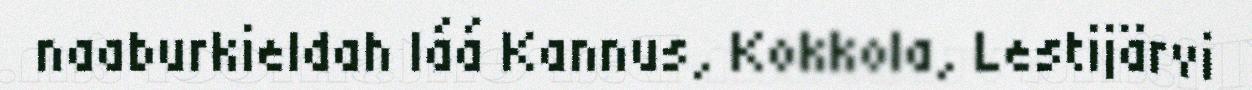
naaburkieldah láá Kannus, Kokkola, Lestijärvi